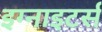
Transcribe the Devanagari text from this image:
इग्नाइटर्स